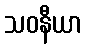
သဝနီယာ